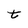
Character: t